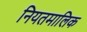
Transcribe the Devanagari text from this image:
नियतमालिक